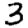
Digit: 3